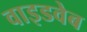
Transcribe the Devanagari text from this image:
वाइडवेब